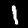
Digit: 1